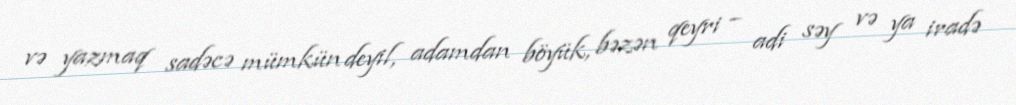
və yazmaq sadəcə mümkün deyil, adamdan böyük, bəzən qeyri – adi səy və ya iradə